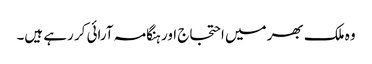
وہ ملک بھر میں احتجاج اور ہنگامہ آرائی کر رہے ہیں۔